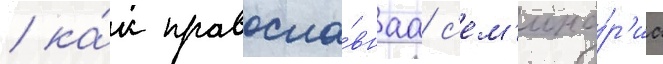
/ ка́к правосла́внаа с'ем'ина́р'иа